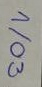
1/03